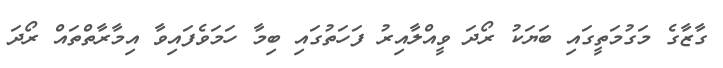
ގާޒާގެ މަގުމަތީގައި ބަޔަކު ރޯދަ ވީއްލާއިރު ފަހަތުގައި ބިމާ ހަމަވެފައިވާ އިމާރާތްތައް ރޯދަ